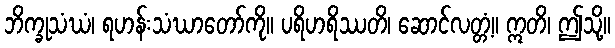
ဘိက္ခုသံဃံ၊ ရဟန်းသံဃာတော်ကို။ ပရိဟရိဿတိ၊ ဆောင်လတ္တံ့။ ဣတိ၊ ဤသို့။